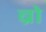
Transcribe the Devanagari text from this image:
ब्रो